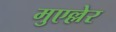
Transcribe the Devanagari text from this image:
मुएल्लेर